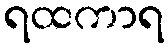
ရထကာရ